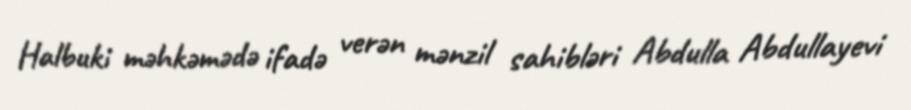
Halbuki məhkəmədə ifadə verən mənzil sahibləri Abdulla Abdullayevi